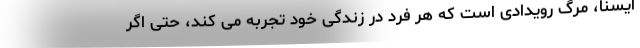
ایسنا، مرگ رویدادی است که هر فرد در زندگی خود تجربه می کند، حتی اگر